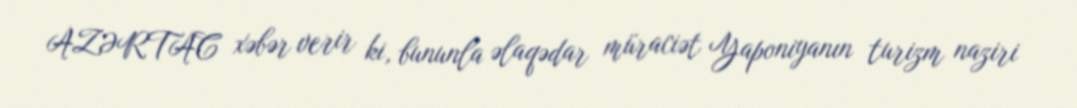
AZƏRTAC xəbər verir ki, bununla əlaqədar müraciət Yaponiyanın turizm naziri